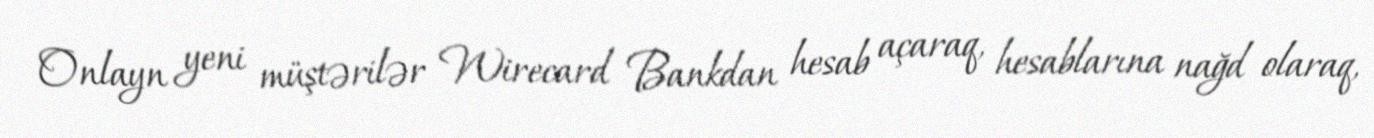
Onlayn yeni müştərilər Wirecard Bankdan hesab açaraq, hesablarına nağd olaraq,